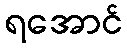
ရအောင်